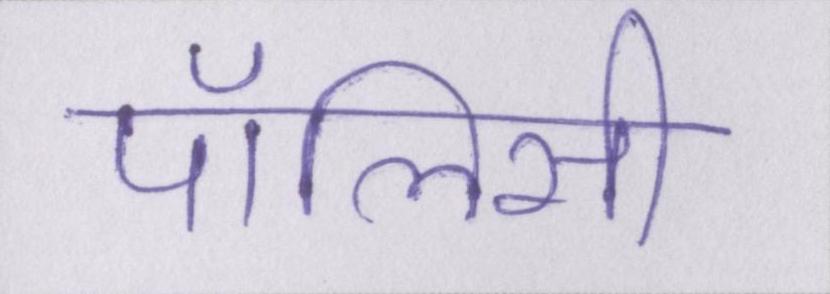
पॉलिसी